Leaving Certificate Examination (including Day School Certificate (Higher) General paper), 1930
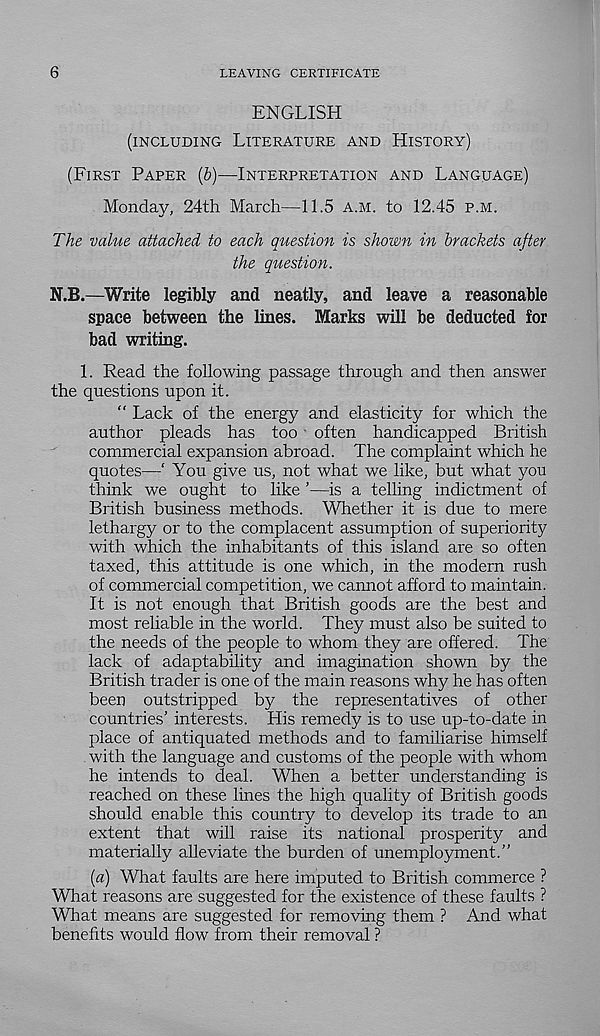
6
LEAVING CERTIFICATE
ENGLISH
(INCLUDING LITERATURE AND HISTORY)
(FIRST PAPER (b)—INTERPRETATION AND LANGUAGE)
Monday, 24th March—11.5 A.M. to 12.45 P.M.
The value attached to each question is shown in brackets after
the question.
N.B.—Write legibly and neatly, and leave a reasonable
space between the lines. Marks will be deducted for
bad writing.
1. Read the following passage through and then answer
the questions upon it.
“ Lack of the energy and elasticity for which the
author pleads has too often handicapped British
commercial expansion abroad. The complaint which he
quotes—‘ You give us, not what we like, but what you
think we ought to like ’—is a telling indictment of
British business methods. Whether it is due to mere
lethargy or to the complacent assumption of superiority
with which the inhabitants of this island are so often
taxed, this attitude is one which, in the modern rush
of commercial competition, we cannot afford to maintain.
It is not enough that British goods are the best and
most reliable in the world. They must also be suited to
the needs of the people to whom they are offered. The
lack of adaptability and imagination shown by the
British trader is one of the main reasons why he has often
been outstripped by the representatives of other
countries’ interests. His remedy is to use up-to-date in
place of antiquated methods and to familiarise himself
with the language and customs of the people with whom
he intends to deal. When a better understanding is
reached on these lines the high quality of British goods
should enable this country to develop its trade to an
extent that will raise its national prosperity and
materially alleviate the burden of unemployment.”
(a) What faults are here imputed to British commerce ?
What reasons are suggested for the existence of these faults ?
What means are suggested for removing them ? And what
benefits would flow from their removal ?